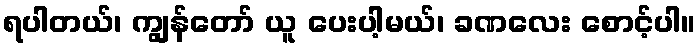
ရပါတယ်၊ ကျွန်တော် ယူ ပေးပါ့မယ်၊ ခဏလေး စောင့်ပါ။